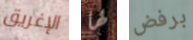
الإغريق لها برفض